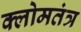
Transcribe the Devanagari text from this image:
क्लोमतंत्र